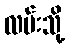
လမ်းသို့